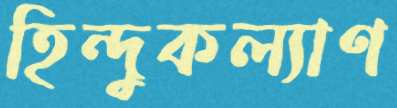
হিন্দুকল্যাণ